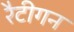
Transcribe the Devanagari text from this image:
रैटीगन